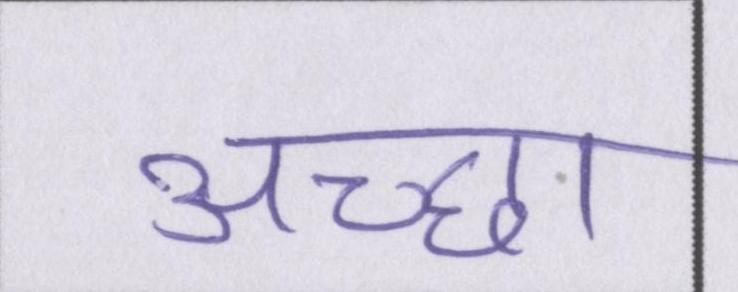
अच्छा